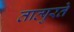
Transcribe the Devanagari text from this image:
तात्पुरतेे